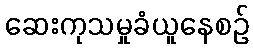
ဆေးကုသမှုခံယူနေစဉ်